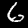
Digit: 6